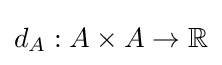
d_{A}:A\times A\to \mathbb {R}